system: You are a helpful assistant.
user:
Analyze the provided spectrum to determine if it is a **White Dwarf (WD)**.

A White Dwarf spectrum is defined by its **extreme purity** (due to gravitational settling) and/or **extreme pressure broadening** (due to high surface gravity). You must check for one of the following mutually exclusive signatures:

- **Key Visual Indicators (Check for ONE of these types):**

    - **1. DA-Type Signature (Most Common):**
        - **(Primary Feature):** Extreme pressure broadening (Stark broadening) of the **Hydrogen (H) Balmer lines**.
        - **(Key Lines):** $H\beta$ (approx. $4861$ Å) and $H\gamma$ (approx. $4340$ Å). $H\alpha$ (approx. $6563$ Å) will also be present if the wavelength range covers it.
        - **(Line Profile):** This is the **defining feature**. The lines are **NOT** sharp. They appear as massive, **extremely broad and deep "troughs" or "dips"** in the spectrum, often hundreds of Ångströms wide. The continuum will appear to "scoop" down at these wavelengths.
        - **(Distinction):** Normal A-type or B-type stars have *narrow* and *sharp* Hydrogen lines. A DA White Dwarf's lines are unmistakably "smeared" or "blurry" from pressure.

    - **2. DB-Type Signature:**
        - **(Primary Feature):** Broad absorption lines from **Neutral Helium (He I)**. The spectrum must lack any visible Hydrogen lines.
        - **(Key Lines):** Look for broad absorption near $4471$ Å, $4921$ Å, and $5876$ Å.
        - **(Line Profile):** These lines are also significantly pressure-broadened, appearing much wider than they would in a normal B-type main-sequence star.

    - **3. DC-Type Signature:**
        - **(Primary Feature):** A **featureless continuous spectrum**.
        - **(Line Profile):** The spectrum is a smooth curve with **no significant absorption or emission lines**.
        - **(Key Confirmation):** The continuum is almost always **blue or white**, indicating a hot object. This signature implies the atmosphere is so pure (or so cool) that no spectral lines are visible in the optical range. Its WD identity is confirmed by its extremely low intrinsic brightness (high absolute magnitude).

    - **4. DZ-Type Signature (Metal-Polluted):**
        - **(Primary Feature):** **Isolated, narrow metal absorption lines** on an otherwise featureless (DC-like) continuum.
        - **(Key Lines):** The **Calcium (Ca II) H & K doublet** (approx. **$3934$ Å** and **$3968$ Å**) is the most common and defining feature.
        - **(Line Profile):** These lines are "out of place." They are *not* part of a "forest" of thousands of lines. This signature is evidence of recent *accretion* (pollution) from rocky debris.
        - **(Distinction):** Normal G/K/M stars have a *dense forest* of thousands of metal lines. A DZ has a *clean* continuum with *only a few* strong metal lines.

    - **5. DQ-Type Signature (Carbon-Polluted):**
        - **(Primary Feature):** Absorption bands from **Carbon (C₂ "Swan Bands" or atomic C I)**.
        - **(Key Lines - C₂):** Look for bandheads with a "saw-tooth" shape near $5635$ Å, **$5165$ Å** (strongest), and $4737$ Å.
        - **(Key Confirmation):** The underlying **continuum must be blue or white** (hot).
        - **(Distinction):** This is the critical difference from a **Carbon Star**, which has the *exact same* C₂ bands but on an extremely **red, cool** continuum.

- **(Overall Spectrum):**
    - The continuum (overall shape) is typically **blue-sloping** (brighter in the blue than the red), as most white dwarfs are very hot.
    - The spectrum will look "pure" or "simple," dominated by only *one* of the five signatures listed above.

Think first, call **spectral_visualization_tool** if needed to examine features in detail, then provide your final answer. Your response must adhere to the following strict rules:
1.  **Overall Structure:** Your response must follow the format `<think>...</think> <tool_call>...</tool_call> (if a tool is used) <answer>...</answer>`.
2.  **Tool Usage Constraint:** You may only make **one** tool call per turn.
3.  **Final Answer Format:** In the `<answer>` tag, your conclusion must be inside a `\boxed{}` command (e.g., `\boxed{YES}` or `\boxed{NO}`), followed by your justification.

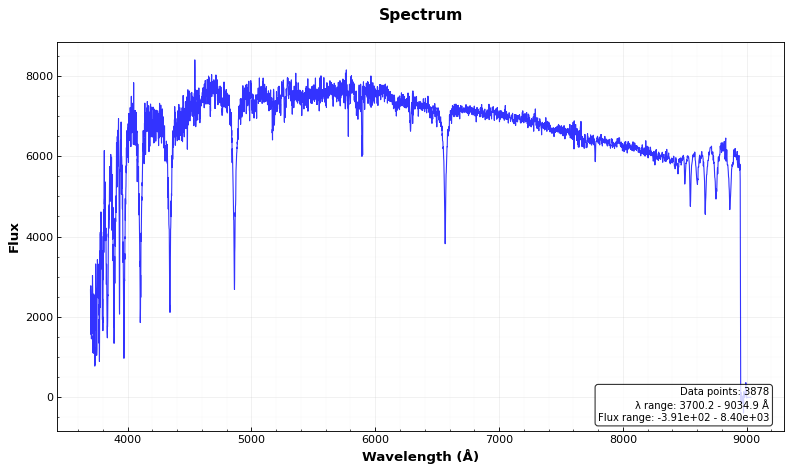
Answer: NO